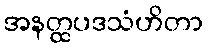
အနတ္ထပဒသံဟိတာ